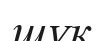
шүк